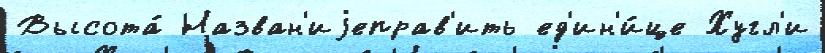
Высота́ Назван'иjеправ'ить ед'ин'и́це Хугл'и